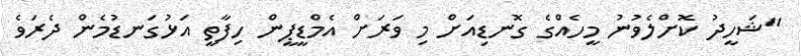
"ޝަހީދު ކޮށްލެވުނު މީހެއްގެ ގޮނޑިއަށް މި ވަރަށް އެމްޑީޕީން ހިފާތީ އަޅުގަނޑުމެން ދެރަވެ